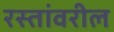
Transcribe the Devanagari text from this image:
रस्तांवरील